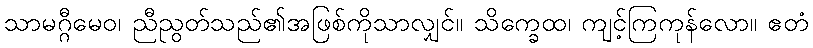
သာမဂ္ဂီမေဝ၊ ညီညွတ်သည်၏အဖြစ်ကိုသာလျှင်။ သိက္ခေထ၊ ကျင့်ကြကုန်လော။ ဧတံ